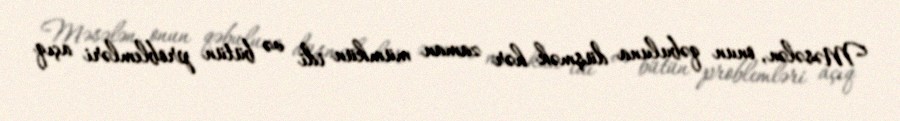
Məsələn, onun qəbuluna düşmək hər zaman mümkün idi və bütün problemləri açıq